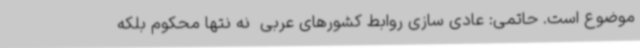
موضوع است. حاتمی: عادی سازی روابط کشورهای عربی  نه نتها محکوم بلکه